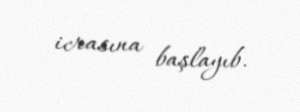
icrasına başlayıb.